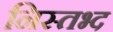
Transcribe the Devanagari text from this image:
निस्तभ्द